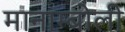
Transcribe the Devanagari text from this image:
मानाम्बोली